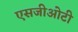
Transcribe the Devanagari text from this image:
एसजीओटी